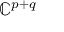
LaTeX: \mathbb { C } ^ { p + q }